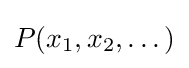
P(x_{1},x_{2},\dots )